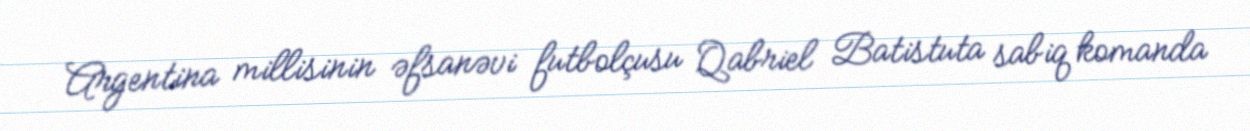
Argentina millisinin əfsanəvi futbolçusu Qabriel Batistuta sabiq komanda